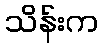
သိန်းက